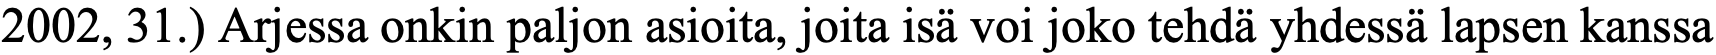
2002, 31.) Arjessa onkin paljon asioita, joita isä voi joko tehdä yhdessä lapsen kanssa